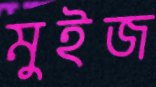
মুইজ